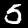
Label: 5